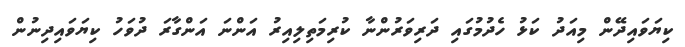
ކިޔަވައިދޭން މިއަދު ކަޅު ހެދުމުގައި ދަރިވަރުންނާ ކުރިމަތިލިއިރު އަންނަ އަންގާރަ ދުވަހު ކިޔަވައިދިނުން